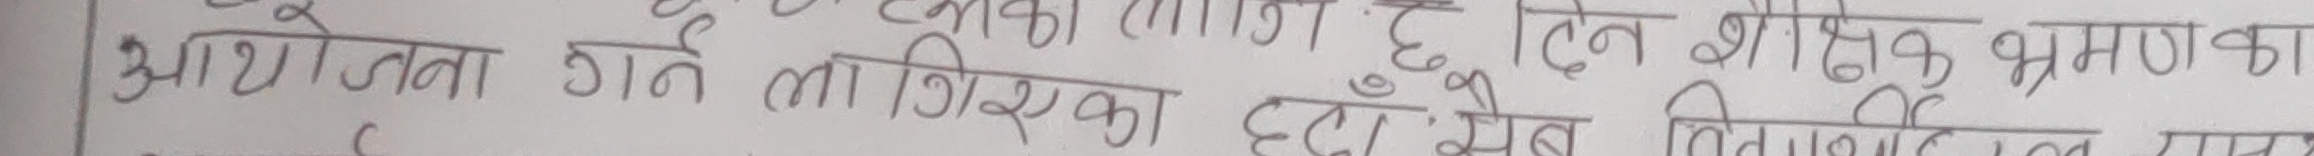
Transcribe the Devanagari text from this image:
आयोग्यता गर्ने लागिरहेका छन खेल बिगाटदने मान्य